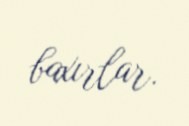
baxırlar.